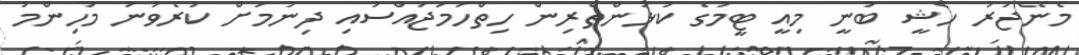
މެނޭޖަރު ހެޝީ ބުނީ މިއީ ޓީމުގެ ކުޅުންތެރިން ހިތްހަމަޖައްސައި ދިނުމަށް ކުރެވުނު މުހިންމު